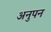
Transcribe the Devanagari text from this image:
अनुपन